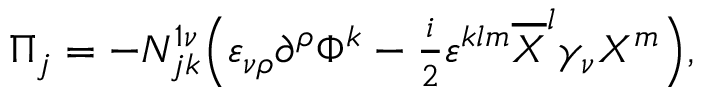
\Pi _ { j } = - N _ { j k } ^ { 1 \nu } \Bigl ( \varepsilon _ { \nu \rho } \partial ^ { \rho } \Phi ^ { k } - { \textstyle \frac i 2 } \varepsilon ^ { k l m } \overline { { { X } } } ^ { l } \gamma _ { \nu } X ^ { m } \Bigr ) ,